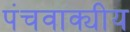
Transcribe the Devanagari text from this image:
पंचवाक्यीय